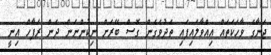
ޖަނާގެ ވާހަކަތައް އިއްވާލައިފައި ތެދުވެގެން ގޮސް ބޭރަށް ނިކުންނަން ދެން ރަފާހް އިނީ